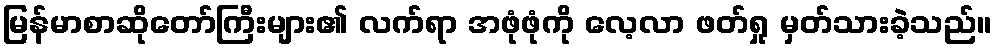
မြန်မာစာဆိုတော်ကြီးများ၏ လက်ရာ အဖုံဖုံကို လေ့လာ ဖတ်ရှု မှတ်သားခဲ့သည်။